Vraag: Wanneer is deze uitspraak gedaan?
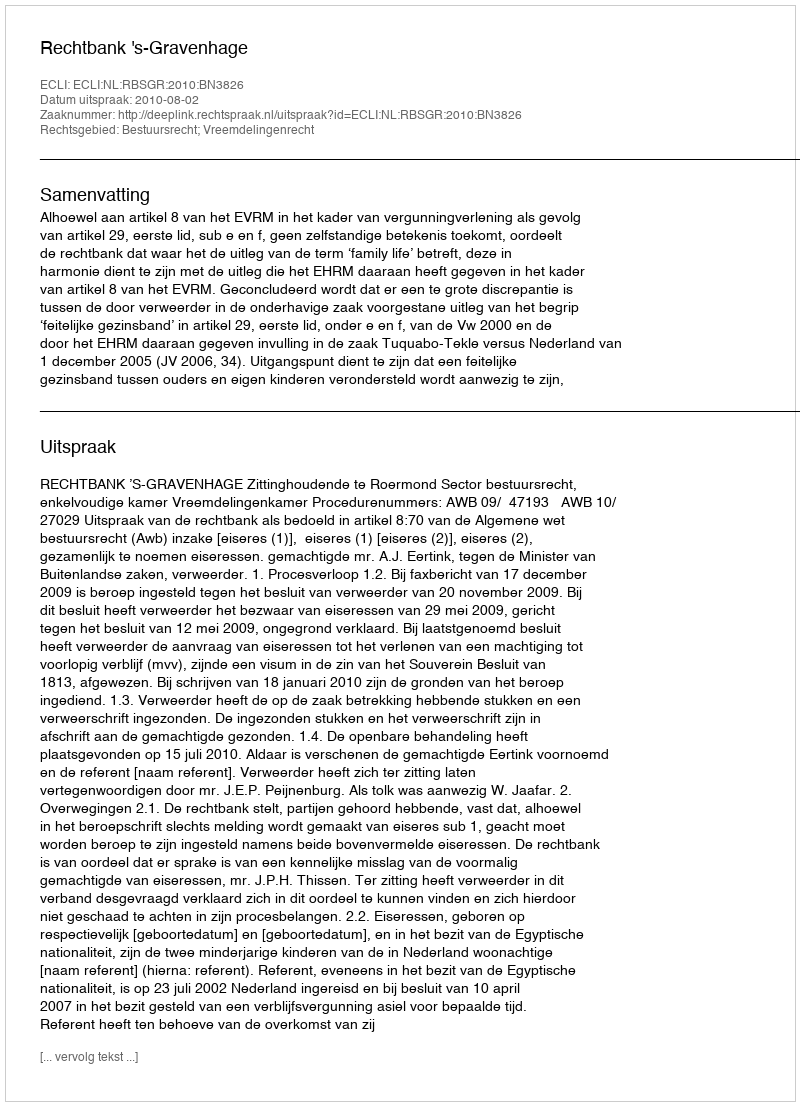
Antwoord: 2010-08-02